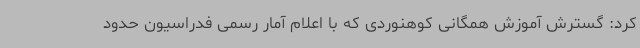
کرد: گسترش آموزش همگانی کوهنوردی که با اعلام آمار رسمی فدراسیون حدود